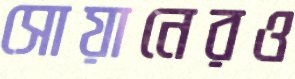
সোয়ানেরও